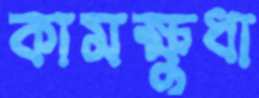
কামক্ষুধা